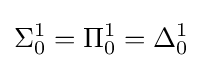
\Sigma _{0}^{1}=\Pi _{0}^{1}=\Delta _{0}^{1}